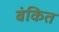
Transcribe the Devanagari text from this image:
बंकित